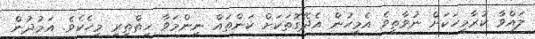
ލައްވާ ކުރާމީހަކަށް ނުވާތީވެ އެމީހުން އެދޭގޮތަކަށް ކަންތައް ނިންމަވާ ހިތްތިރި މީހެކެވެ. އަމުދުން